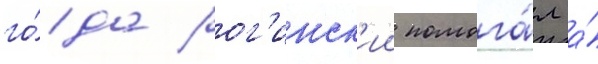
го́да рог'инск'ии помога́л а́